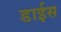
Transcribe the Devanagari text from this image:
डाईस